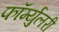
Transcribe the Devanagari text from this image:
फॉर्म्युलरी